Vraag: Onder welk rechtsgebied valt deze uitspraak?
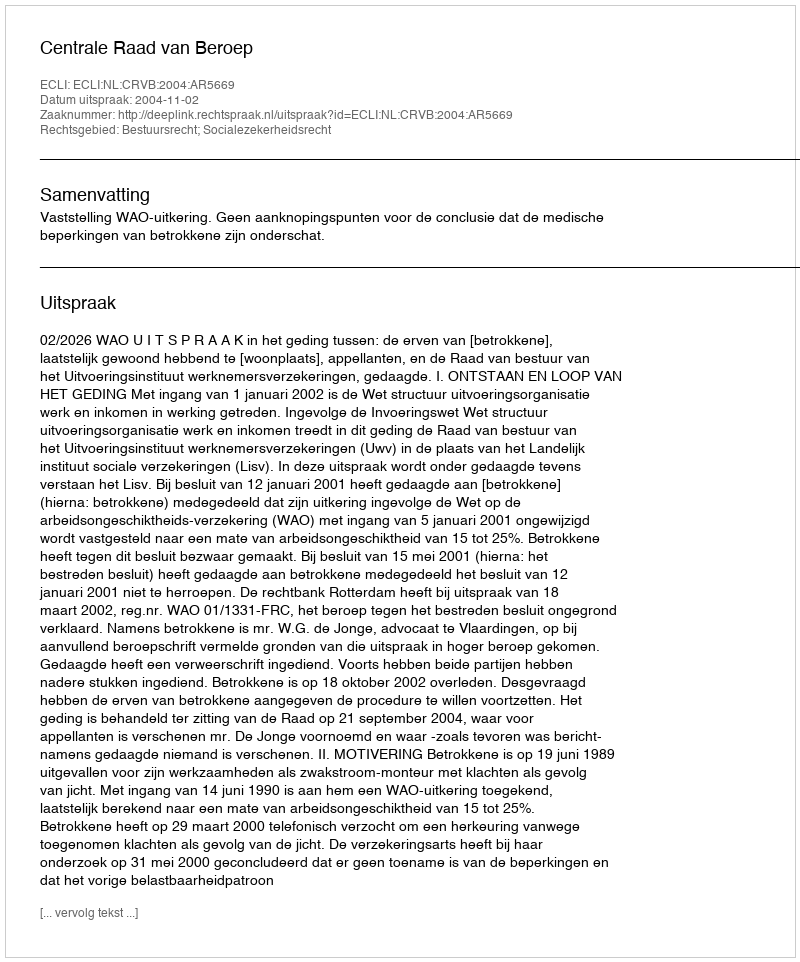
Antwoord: Bestuursrecht; Socialezekerheidsrecht